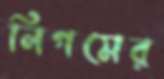
নিগমের